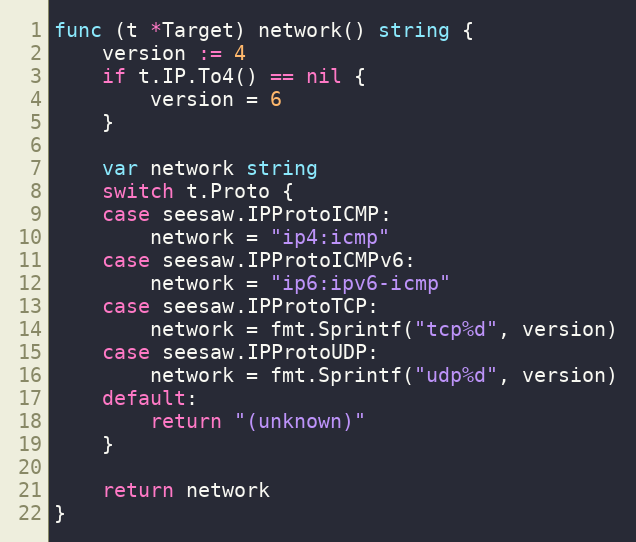
Language: Go
func (t *Target) network() string {
	version := 4
	if t.IP.To4() == nil {
		version = 6
	}

	var network string
	switch t.Proto {
	case seesaw.IPProtoICMP:
		network = "ip4:icmp"
	case seesaw.IPProtoICMPv6:
		network = "ip6:ipv6-icmp"
	case seesaw.IPProtoTCP:
		network = fmt.Sprintf("tcp%d", version)
	case seesaw.IPProtoUDP:
		network = fmt.Sprintf("udp%d", version)
	default:
		return "(unknown)"
	}

	return network
}